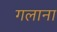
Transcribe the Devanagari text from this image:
गलाना